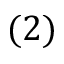
( 2 )